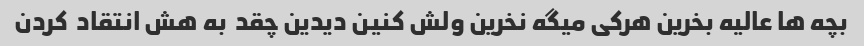
بچه ها عالیه بخرین هرکی میگه نخرین ولش کنین دیدین چقد  به هش انتقاد  کردن